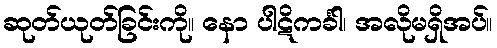
ဆုတ်ယုတ်ခြင်းကို။ နော ပါဋိကင်္ခါ၊ အလိုမရှိအပ်။